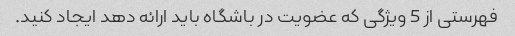
فهرستی از 5 ویژگی که عضویت در باشگاه باید ارائه دهد ایجاد کنید.